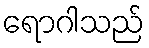
ရောဂါသည်